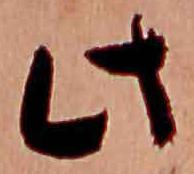
此